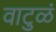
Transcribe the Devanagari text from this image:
वाटुळं